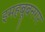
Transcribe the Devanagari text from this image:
इमहबूबनगर